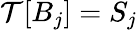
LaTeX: \mathcal{T}[B_{j}]=S_{j}